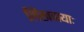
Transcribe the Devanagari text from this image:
लिखवायाः